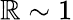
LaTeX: \mathbb{R}\sim1